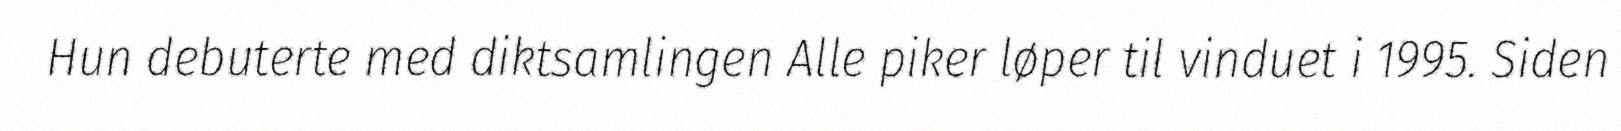
Hun debuterte med diktsamlingen Alle piker løper til vinduet i 1995. Siden